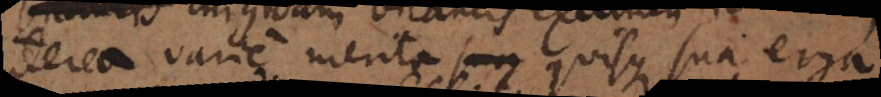
interea varie merita _ quisque sua erga